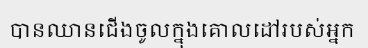
បានឈានជើងចូលក្នុងគោលដៅរបស់អ្នក